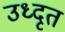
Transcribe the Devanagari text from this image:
उध्दृत